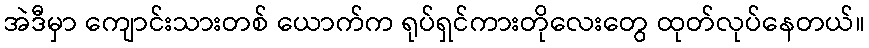
အဲဒီမှာ ကျောင်းသားတစ် ယောက်က ရုပ်ရှင်ကားတိုလေးတွေ ထုတ်လုပ်နေတယ်။